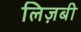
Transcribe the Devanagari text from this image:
लिज़बी